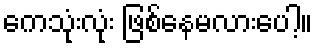
ကေသုံးလုံး ဖြစ်နေမလားပေါ့။